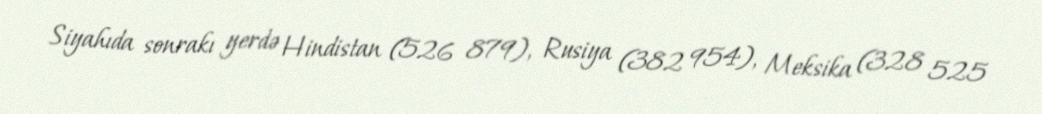
Siyahıda sonrakı yerdə Hindistan (526 879), Rusiya (382 954), Meksika (328 525